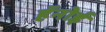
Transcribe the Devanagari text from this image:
हॅनोई